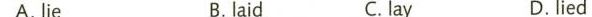
A. lie B.laid C. lay D. lied